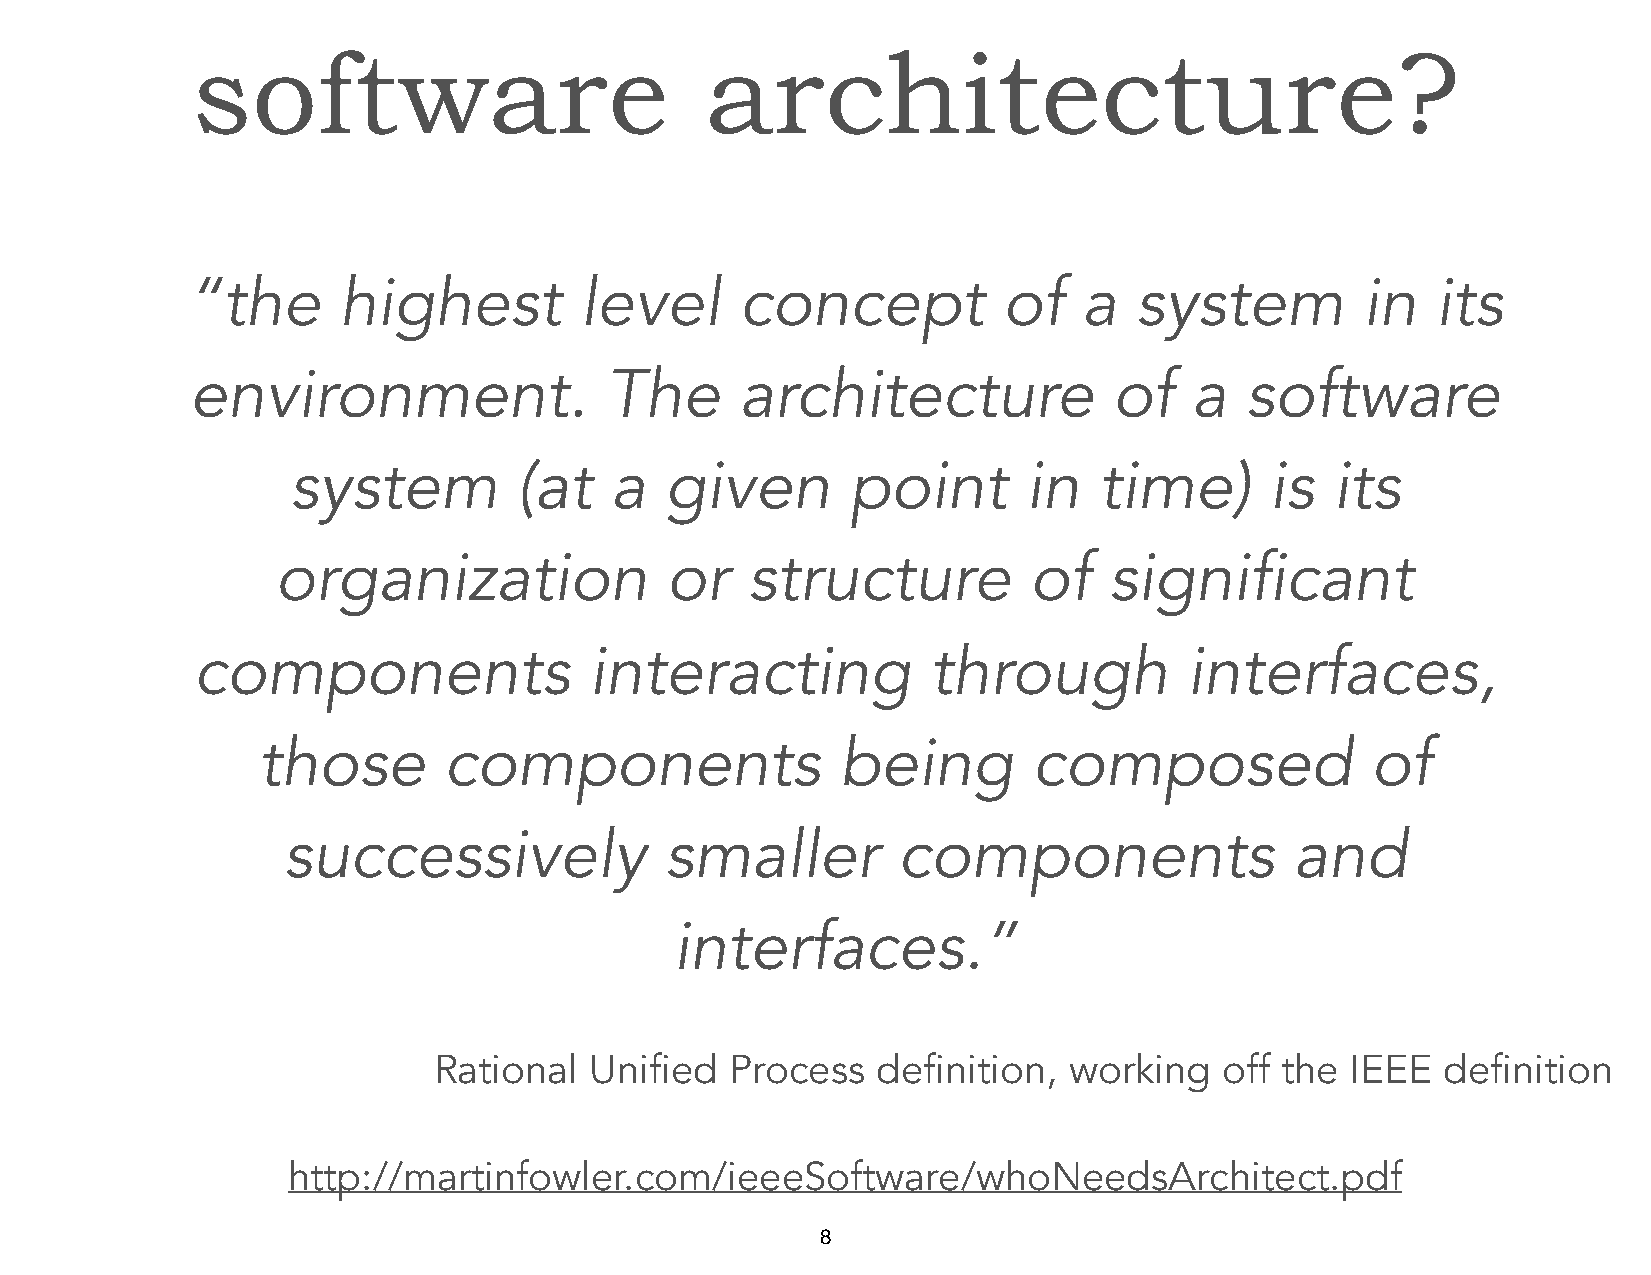
software                          architecture?
 “the      highest         level      concept          of    a  system         in   its
 environment.               The      architecture             of   a  software
 system         (at   a   given       point       in   time)      is  its
 organization              or   structure          of   significant
 components                interacting            through          interfaces,
 those       components                 being       composed               of
 successively             smaller        components                 and
 interfaces.”
 Rational  Unified  Process   definition,  working   off the IEEE   definition
 http://martinfowler.com/ieeeSoftware/whoNeedsArchitect.pdf
 8